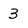
Character: 3